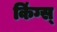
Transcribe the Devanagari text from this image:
किंग्स्